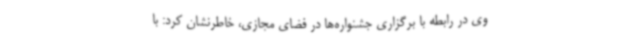
وی در رابطه با برگزاری جشنواره‌ها در فضای مجازی، خاطرنشان کرد: با